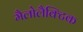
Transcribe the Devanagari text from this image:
मैलोलैक्टिक